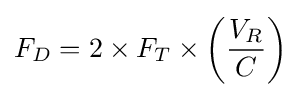
F_{D}=2\times F_{T}\times \left({\frac {V_{R}}{C}}\right)